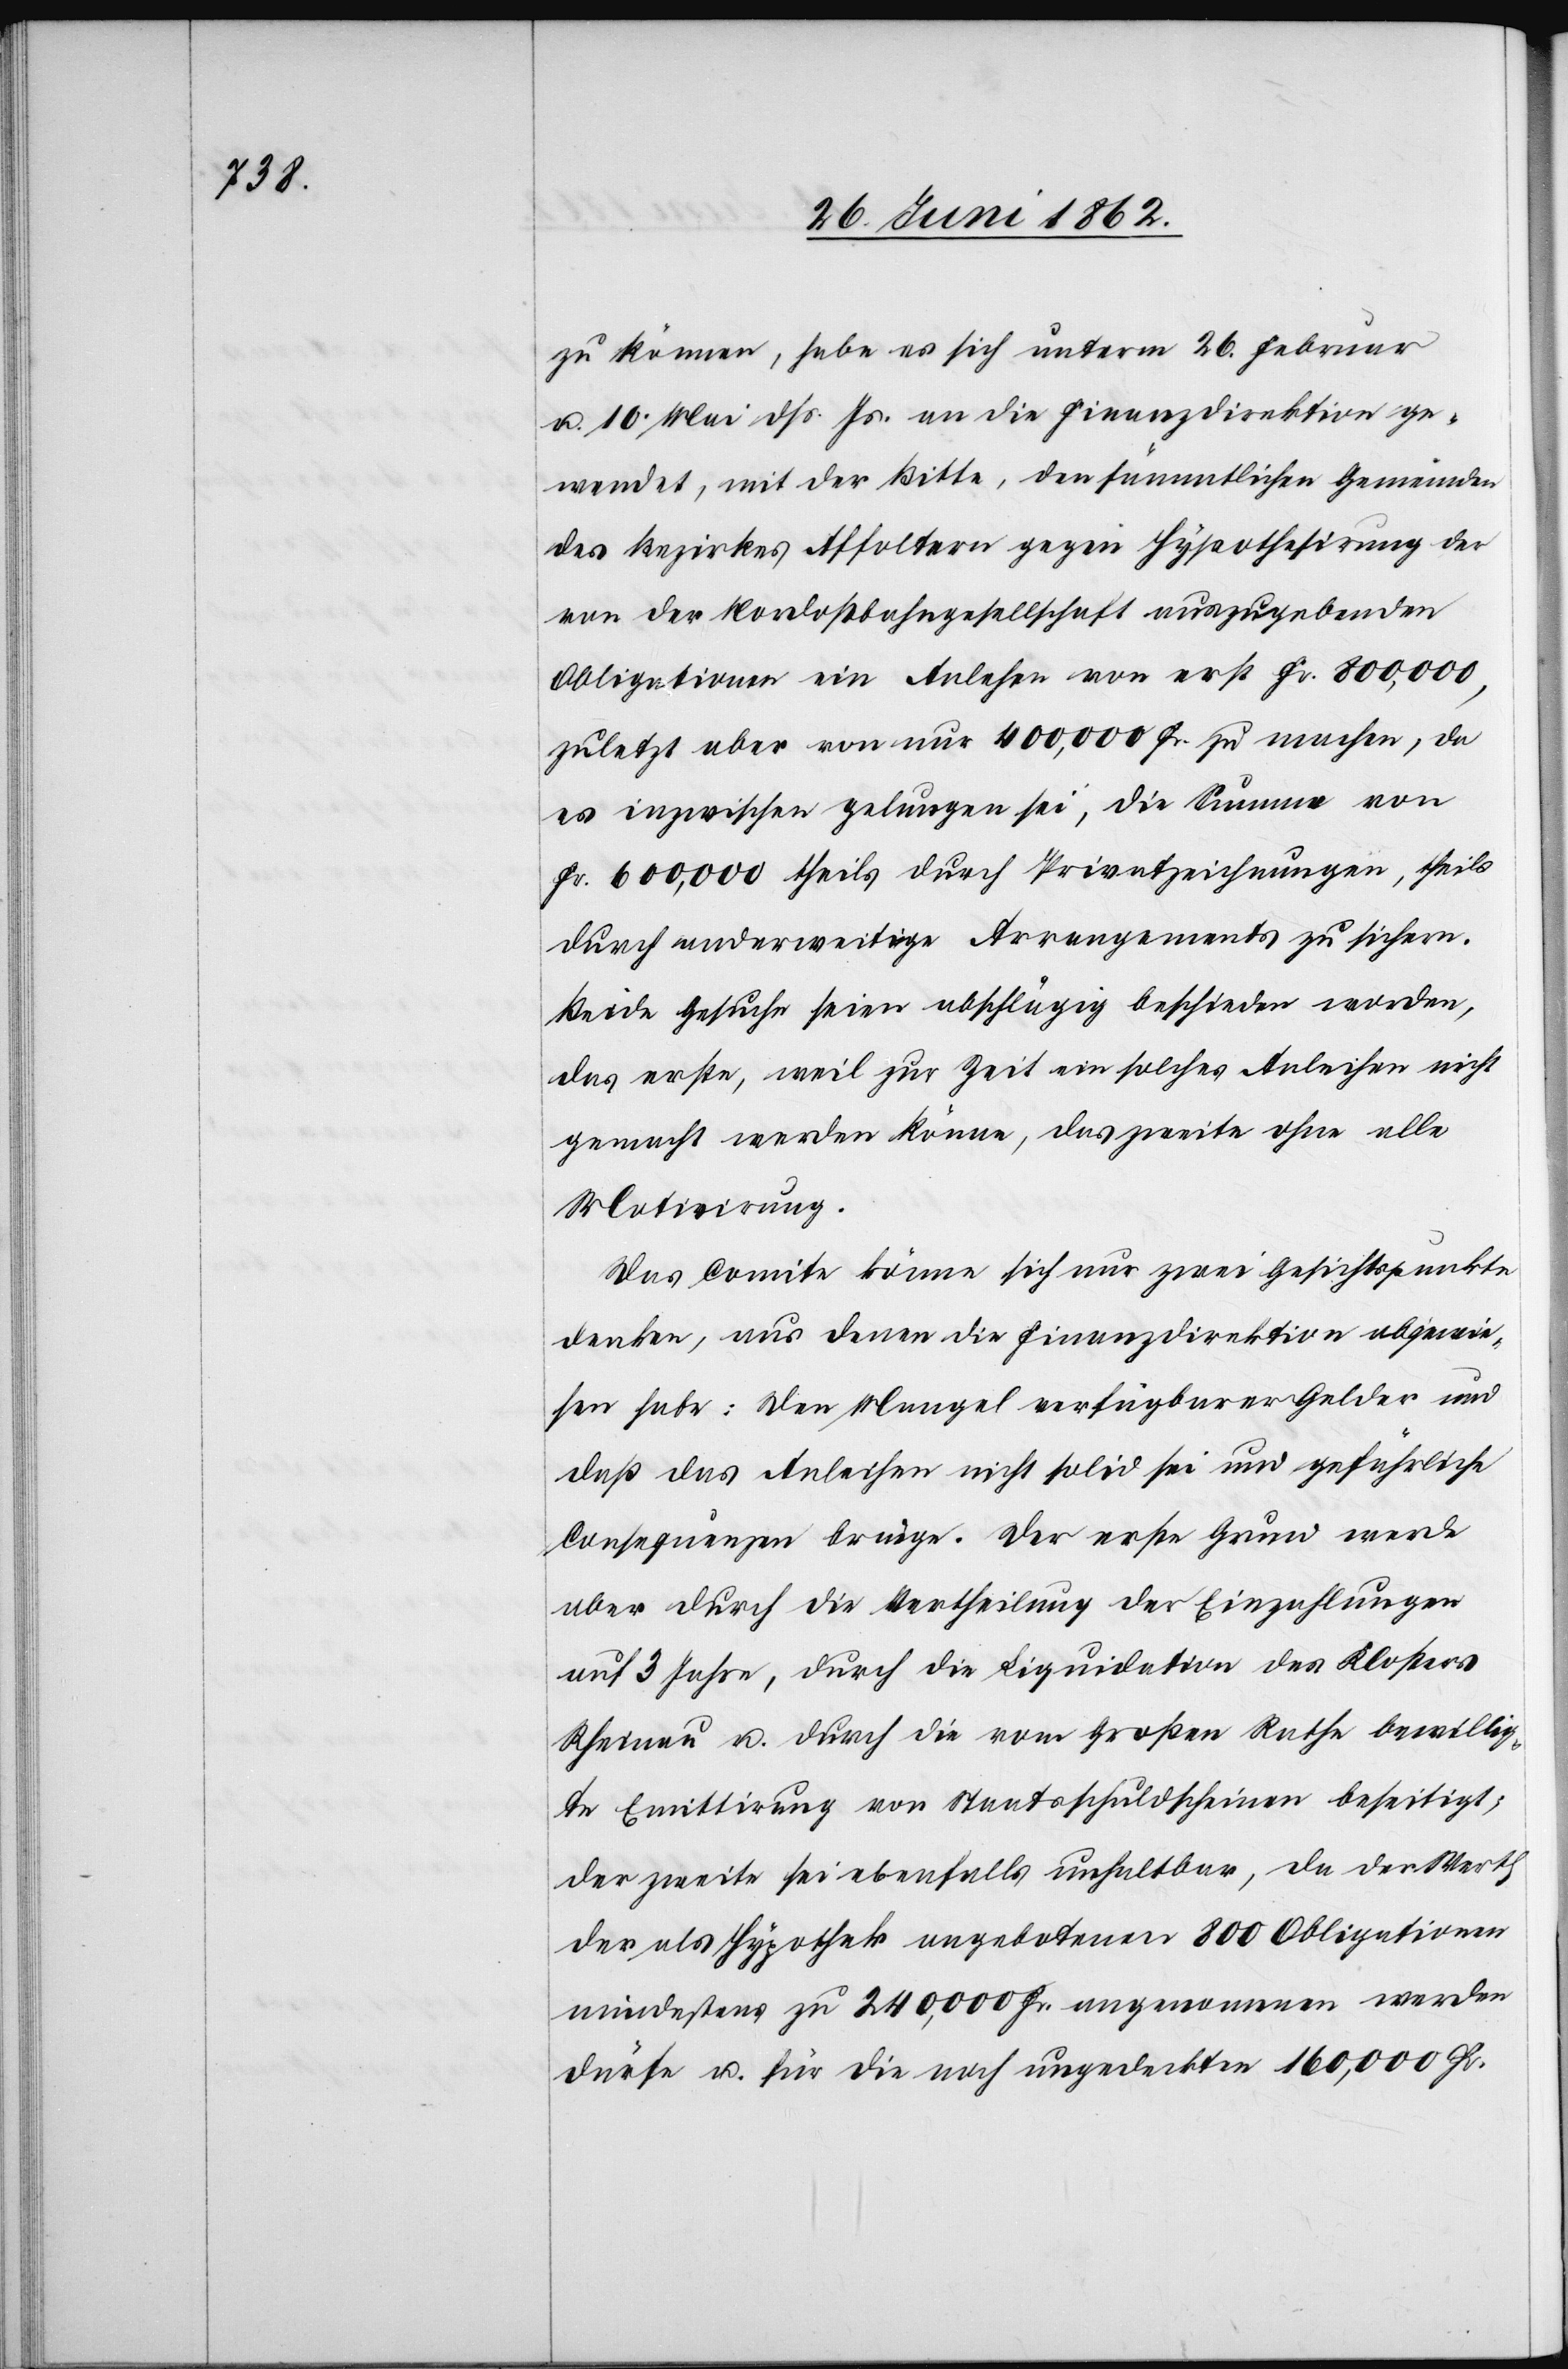
zu können, habe es sich unterm 26. Februar
u. 10. Mai dß. Js. an die Finanzdirektion ge¬
wendet, mit der Bitte, den sämmtlichen Gemeinden
des Bezirkes Affoltern gegen Hypothesirung der
von der Nordostbahngesellschaft auszugebenden
Obligationen ein Anlehen von erst Fr. 800,000,
zuletzt aber von nur 400,000 Fr. zu machen, da
es inzwischen gelungen sei, die Summe von
Fr. 600,000 theils durch Privatzeichnungen, theils
durch anderweitige Arrangements zu sichern.
Beide Gesuche sein abschlägig beschieden worden,
das erste, weil zur Zeit ein solches Anleihen nicht
gemacht werden könne, das zweite ohne alle
Motivirung.
Das Comite könne sich nur zwei Gesichtspunkte
denken, aus denen die Finanzdirektion abgewie¬
sen habe: Den Mangel verfügbarer Gelder und
daß das Anleihen nicht solid sei und gefährliche
Consequenzen bringe. Der erste Grund werde
aber durch die Vertheilung der Einzahlungen
auf 3 Jahre, durch die Liquidation des Klosters
Rheinau u. durch die vom Großen Rathe bewillig¬
te Emittirung von Staatsschuldscheinen beseitigt;
der zweite sei ebenfalls unhaltbar, da der Werth
der als Hypothek angebotenen 800 Obligationen
mindestens zu 240,000 Fr. angenommen werden
dürfe u. für die noch ungedeckten 160,000 Fr.